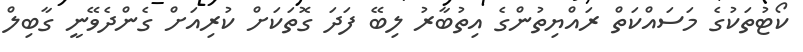
ކޯޓުތަކުގެ މަސައްކަތް ރައްޔިތުންގެ އިތުބާރު ލިބޭ ފަދަ ގޮތަކަށް ކުރިއަށް ގެންދެވޭނީ ގާބިލް